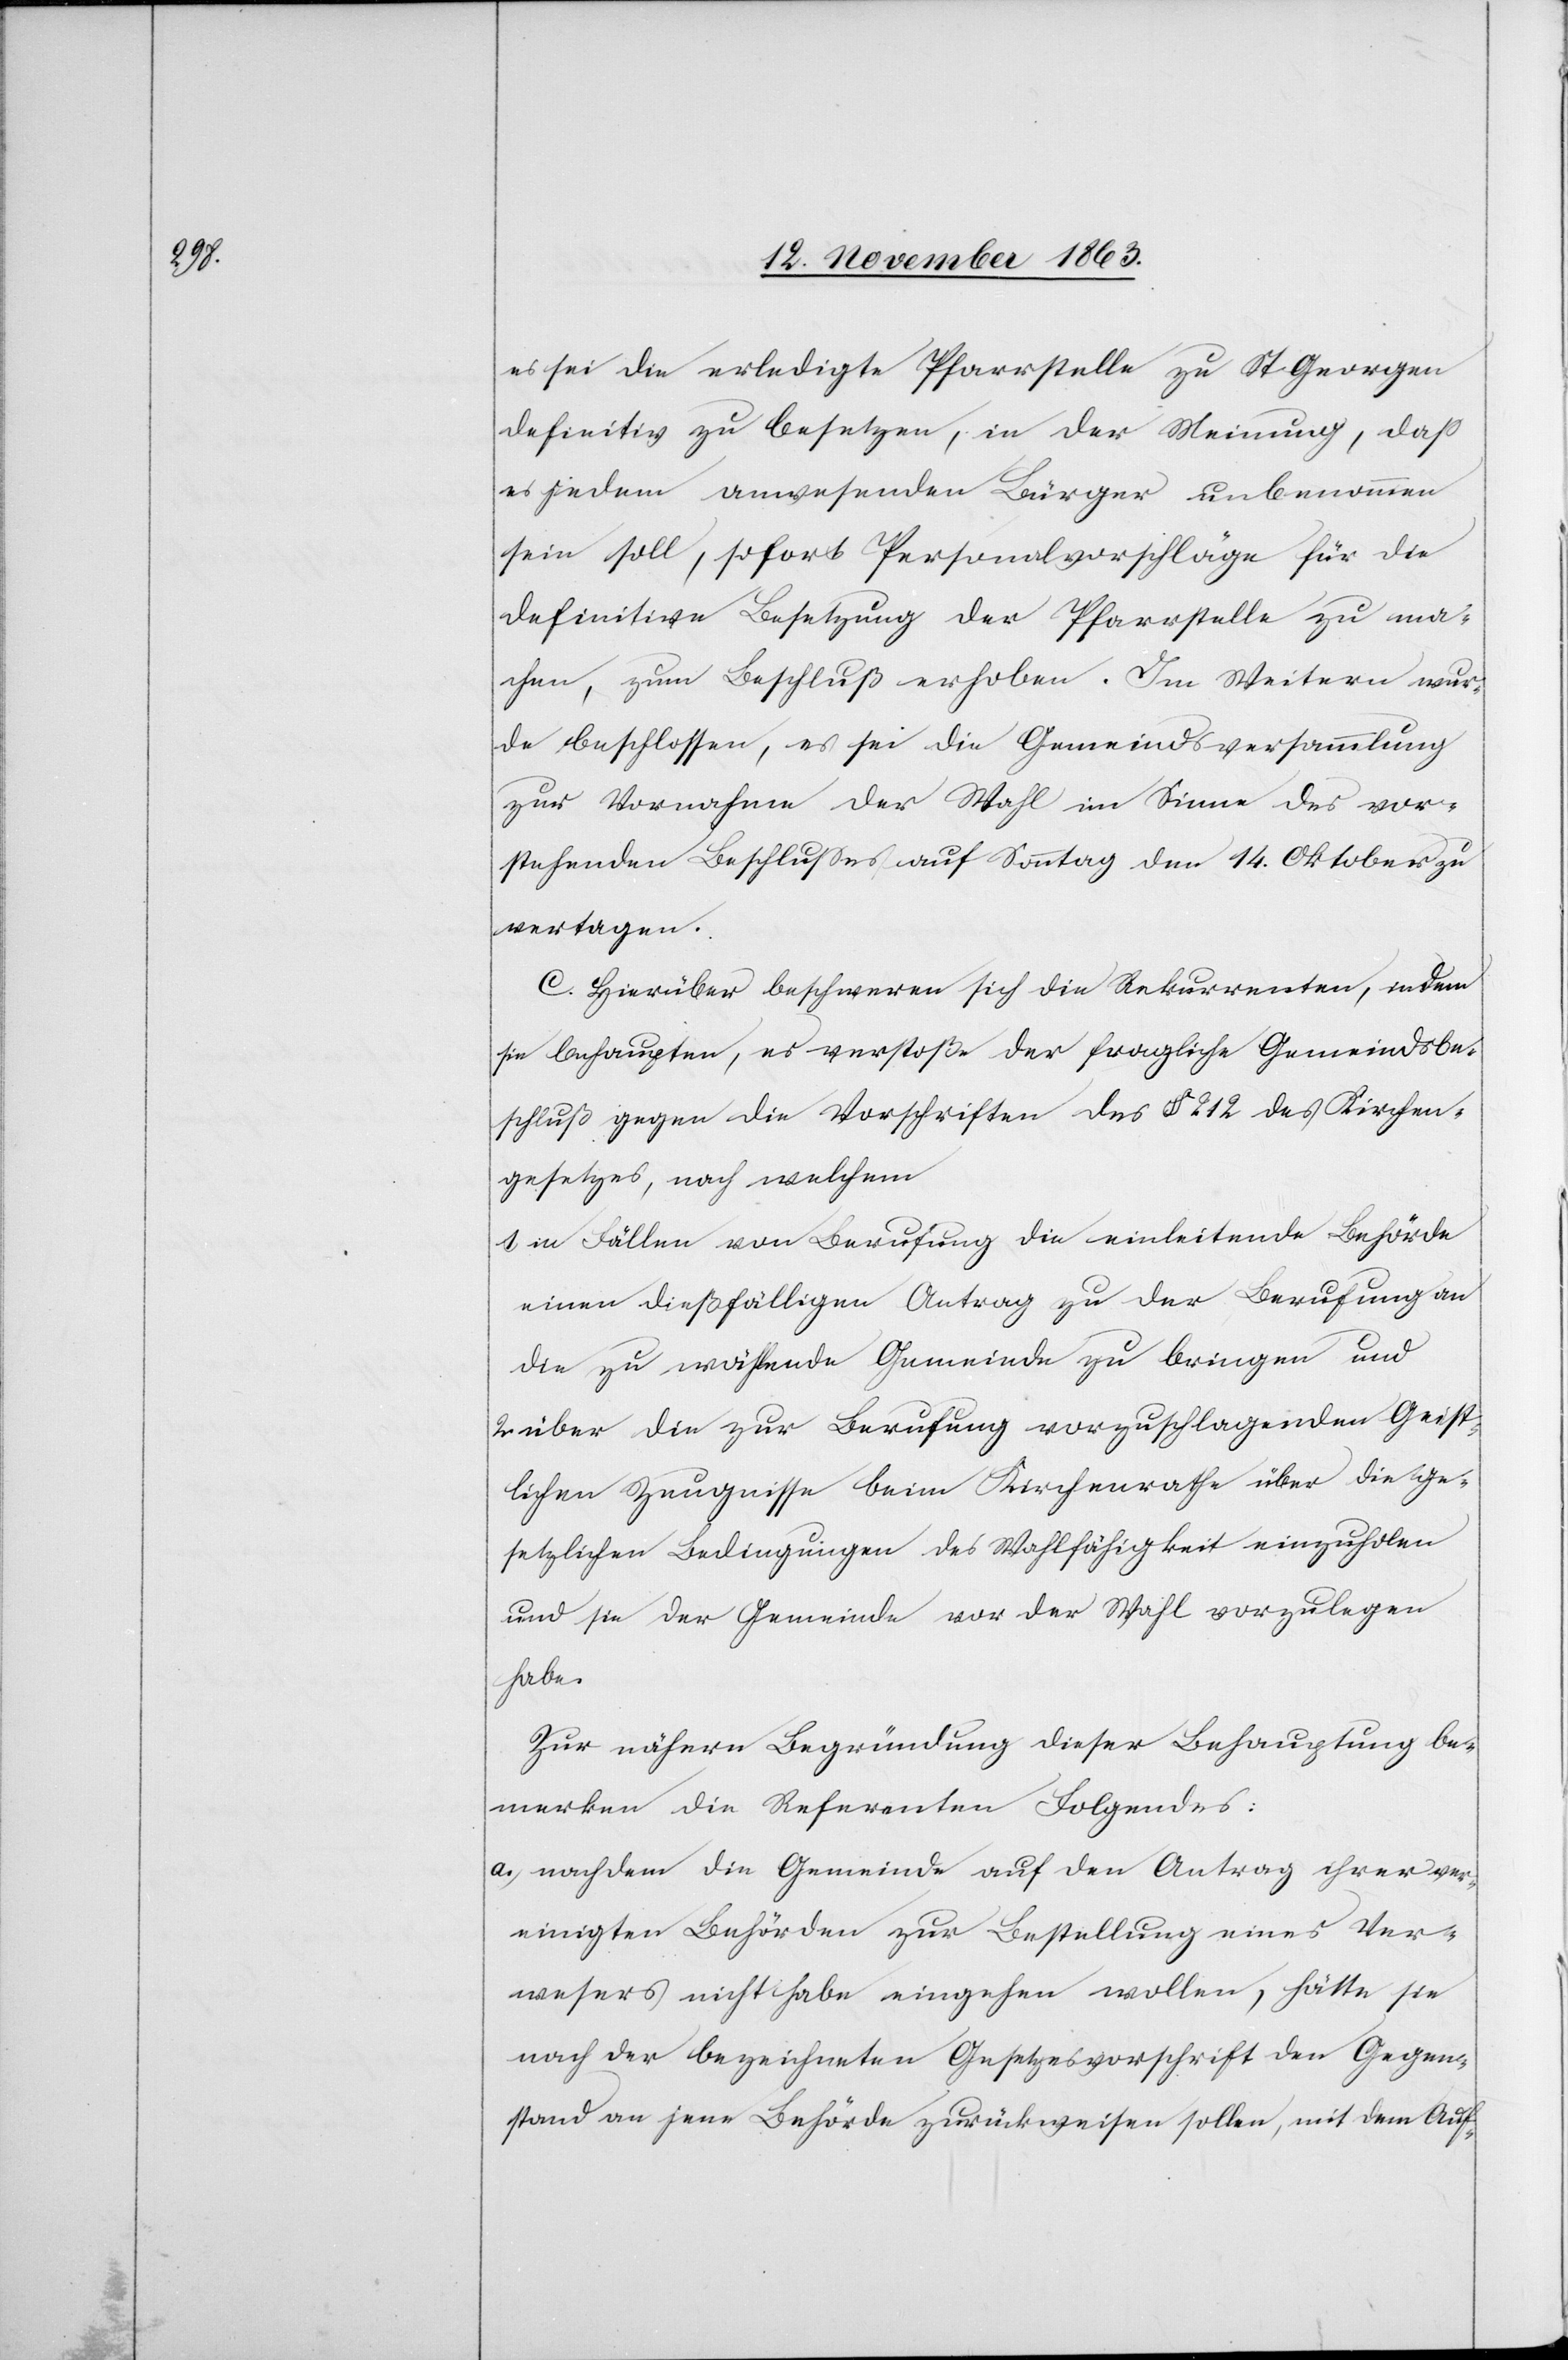
es sei die erledigte Pfarrstelle zu St Georgen
definitiv zu besetzen, in der Meinung, dass
es jedem anwesenden Bürger unbenommen
sein soll, sofort Personalvorschläge für die
definitive Besetzung der Pfarrstelle zu ma¬
chen, zum Beschluß erhoben. Im Weitern wur¬
de beschlossen, es sei die Gemeindsversammlung
zur Vornahme der Wahl im Sinne des vor¬
stehenden Beschlusses auf Sonntag den 14. Oktober zu
vertagen.
C. Hierüber beschweren sich die Rekurrenten, indem
sie behaupten, es verstoße der fragliche Gemeindsbe¬
schluß gegen die Vorschriften des § 212 des Kirchen¬
gesetzes, nach welchem
1. in Fällen von Berufung die einleitende Behörde
einen dießfälligen Antrag zu der Berufung an
die zu wählende Gemeinde zu bringen und
über die zur Berufung vorzuschlagenden Geist¬
lichen Zeugnisse beim Kirchenrathe über die ge¬
setzlichen Bedingungen des Wahlfähigkeit einzuholen
und sie der Gemeinde vor der Wahl vorzulegen
habe.
Zur nähern Begründung dieser Behauptung be¬
merken die Referenten Folgendes:
a. nachdem die Gemeinde auf den Antrag ihrer ver¬
einigten Behörden zur Bestellung eines Ver¬
wesers nicht habe eingehen wollen, hätte sie
nach der bezeichneten Gesetzesvorschrift den Gegen¬
stand an jene Behörde zurückweisen sollen, mit dem Auf-